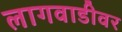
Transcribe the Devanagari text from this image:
लागवाडीवर